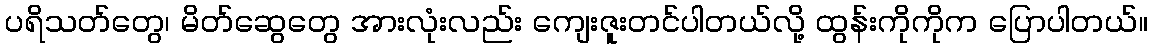
ပရိသတ်တွေ၊ မိတ်ဆွေတွေ အားလုံးလည်း ကျေးဇူးတင်ပါတယ်လို့ ထွန်းကိုကိုက ပြောပါတယ်။